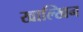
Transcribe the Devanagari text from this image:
खाल्खिन